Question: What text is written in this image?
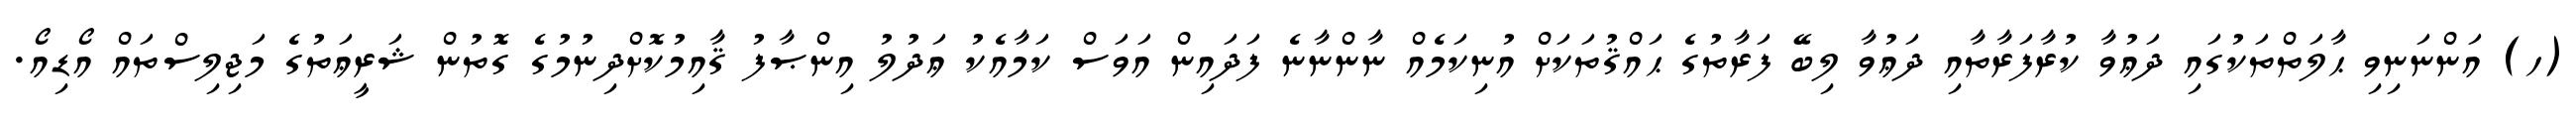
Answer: (ހ) އަންނަނިވި ޙާލަތްތަކުގައި ދަޢުވާ ކުރާފަރާތާއި ދަޢުވާ ލިބޭ ފަރާތުގެ ޙައްޤުތަކަށް އުނިކަމެއް ނާންނާނެ ފަދައިން އަވަސް ކަމާއެކު ޢަދުލު އިންޞާފު ޤާއިމުކޮށްދިނުމުގެ ގޮތުން ޝަރީޢަތުގެ މަޖިލިސްތައް އޯޑިއޯ.